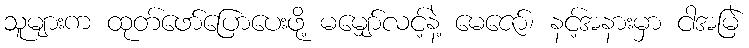
သူများက ထုတ်ဖော်ပြောပေးဖို့ မမျှော်လင့်နဲ့ မေဇော်၊ နင့်အနားမှာ ငါအမြဲ